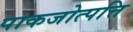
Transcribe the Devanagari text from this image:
पाकजोत्पत्ति